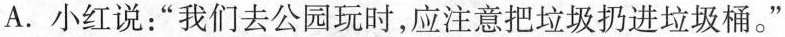
A.小红说：”我们去公园玩时，应注意把垃圾扔进垃圾桶。